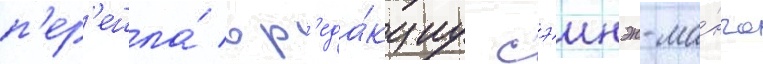
п'ер'ешла́ в р'еда́кциу сэинэн-ма́нга